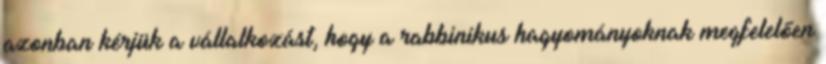
azonban kérjük a vállalkozást, hogy a rabbinikus hagyományoknak megfelelően